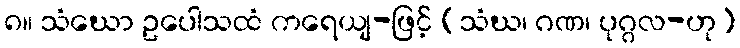
၈။ သံဃော ဥပေါသထံ ကရေယျ-ဖြင့် (သံဃ၊ ဂဏ၊ ပုဂ္ဂလ-ဟု)